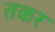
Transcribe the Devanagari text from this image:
तकर